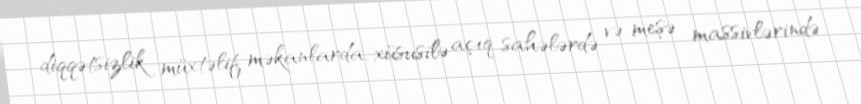
diqqətsizlik müxtəlif məkanlarda, xüsusilə açıq sahələrdə və meşə massivlərində